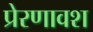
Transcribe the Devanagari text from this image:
प्रेरणावश